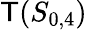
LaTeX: \mathsf{T}(S_{0,4})